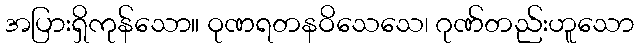
အပြားရှိကုန်သော။ ဝုဏရတနဝိသေသေ၊ ဂုဏ်တည်းဟူသော